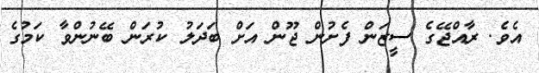
އެވެ. ރާއްޖޭގެ ސީޒަން ފެށުން ޖޫން އަށް ބަދަލު ކުރަން ބޭނުންވާ ކަމުގެ